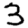
Digit: 3